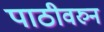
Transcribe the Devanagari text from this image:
पाठीवरुन